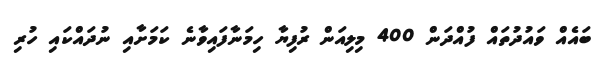
ބައެއް ވައުދުތައް ފުއްދަން 400 މިލިއަން ރުފިޔާ ހިމަނާފައިވާނެ ކަމަށާއި ނުދައްކައި ހުރި